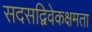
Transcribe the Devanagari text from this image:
सदसद्विवेकक्षमता